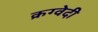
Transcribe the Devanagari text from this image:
क्रग्वेदी